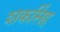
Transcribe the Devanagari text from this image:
शक्रसिंह